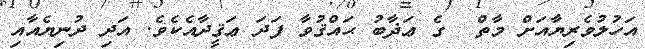
އަހުލުވެރިޔާއަށް މާތް  ގެ ޢަޛާބު ޙައްޤުވާ ފަދަ ޢަޤީދާއެކެވެ. އަދި ދުނިޔެއާއި